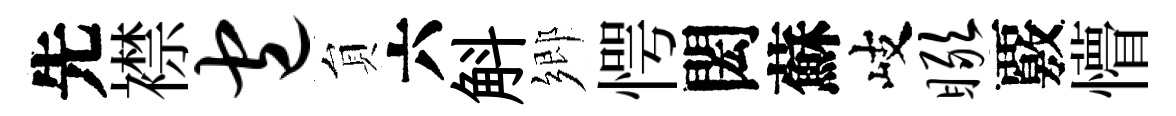
先襟包貟六斛鄉愕閎蘇岐瞰覈懵